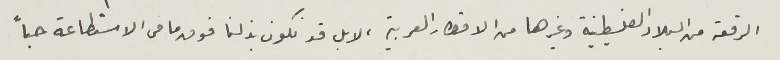
الرقعة من البلاد الفلسطينية وغيرها من الاقطار العربية، لا بل قد نكون بذلنا فوق ما فى الاستطاعة جداً